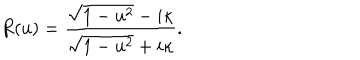
LaTeX: R ( u ) = { \frac { \sqrt { 1 - u ^ { 2 } } - i \kappa } { \sqrt { 1 - u ^ { 2 } } + i \kappa } } .